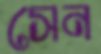
সেন